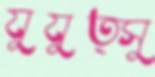
যুযুত্সু